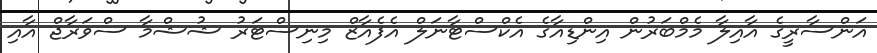
އަންސާރީގެ އާއިލާ މެމްބަރުން އިންޑިއާގެ އެކްސްޓާނަލް އެފެއާޒް މިނިސްޓަރު ޝުޝްމާ ސްވަރާޖް އާއި